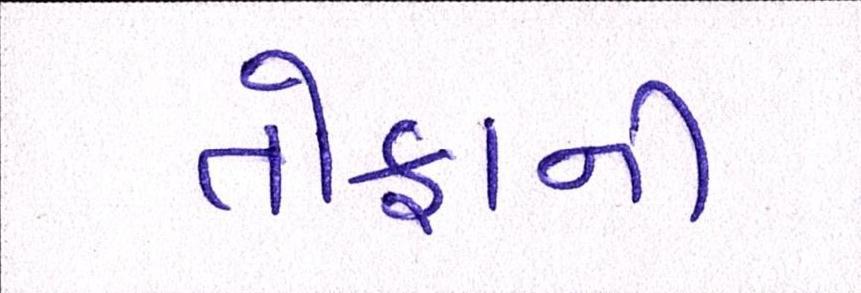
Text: તોફાની